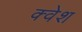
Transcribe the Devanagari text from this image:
क्वेश